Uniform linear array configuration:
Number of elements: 4
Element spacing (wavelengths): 1
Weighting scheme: blackman
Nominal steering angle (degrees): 30
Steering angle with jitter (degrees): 28.739
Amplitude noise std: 0.05
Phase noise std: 0.05

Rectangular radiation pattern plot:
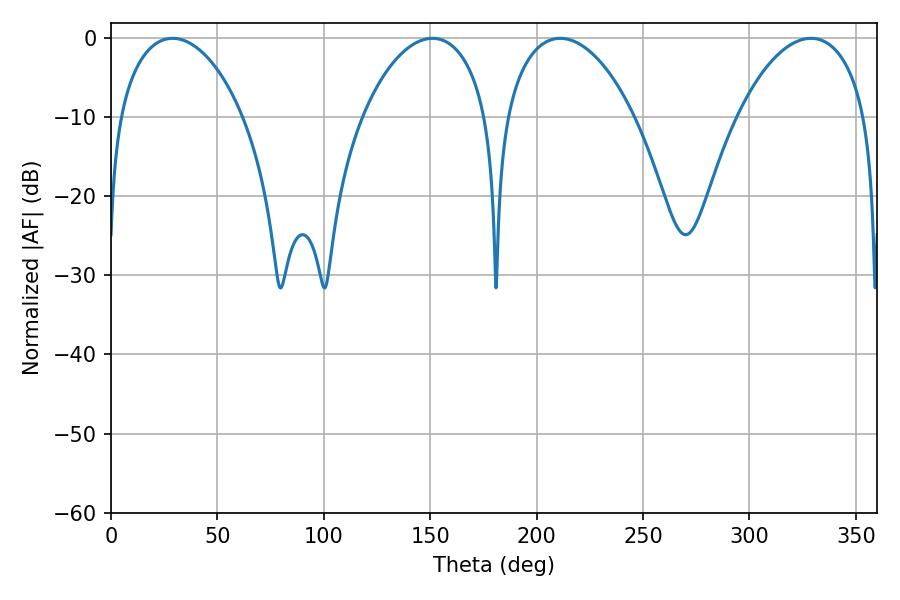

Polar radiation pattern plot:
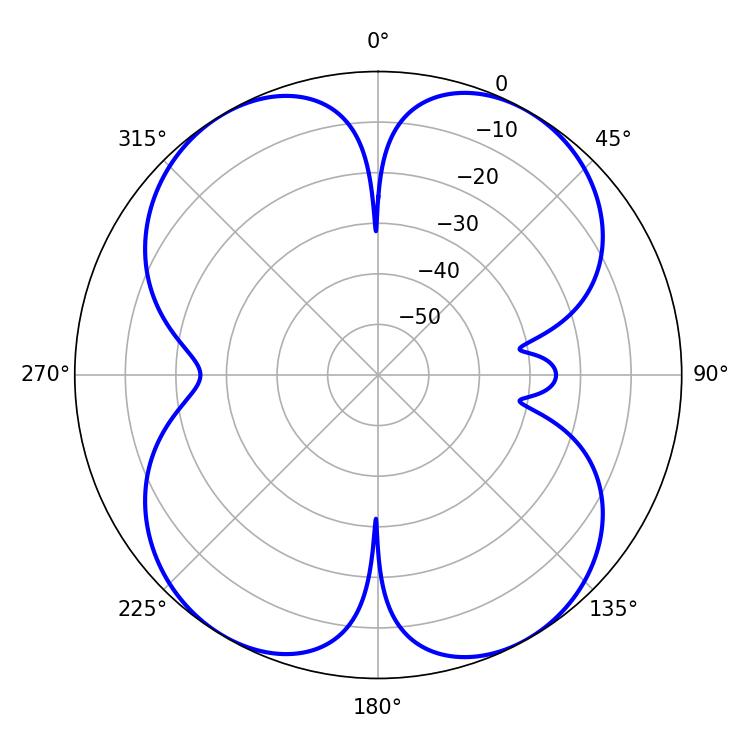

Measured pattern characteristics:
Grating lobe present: TRUE
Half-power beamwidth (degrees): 33.48
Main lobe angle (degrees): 28.98